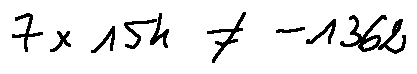
7 \times 1 5 4 \neq - 1 3 6 2